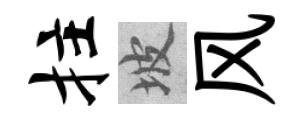
拄坡风